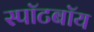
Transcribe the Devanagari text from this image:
स्पॉटबॉय